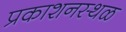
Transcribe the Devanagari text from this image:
प्रकाशनस्थळ